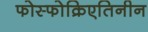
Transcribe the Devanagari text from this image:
फोस्फोक्रिएतिनीन